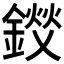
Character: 𫒽